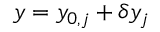
y = y _ { 0 , j } + \delta y _ { j }